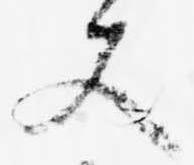
又